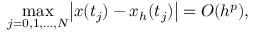
\operatorname* { m a x } _ { j = 0 , 1 , \ldots , N } \bigl | x ( t _ { j } ) - x _ { h } ( t _ { j } ) \bigr | = O ( h ^ { p } ) ,